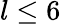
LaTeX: l\le 6